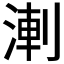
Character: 𭱆